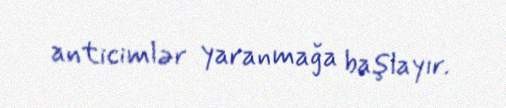
anticimlər yaranmağa başlayır.